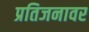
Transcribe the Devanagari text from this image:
प्रतिजनावर